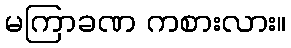
မကြာခဏ ကစားလား။